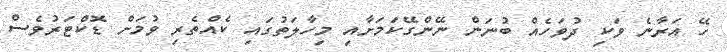
ހޭ އަރާނެ ވަކި ދުވަހެއް ބުނަން ނޭންގޭކަަމަށާއި މިހާލަތުގައި ކެއްތެރި ވުމަށް ޑޮކްޓަރުވެސް